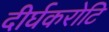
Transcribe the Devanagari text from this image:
दीर्घकरोटि